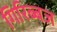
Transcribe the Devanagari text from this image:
गिरिब्बज